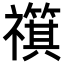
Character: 𫀣